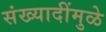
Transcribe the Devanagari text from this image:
संख्यादींमुळे